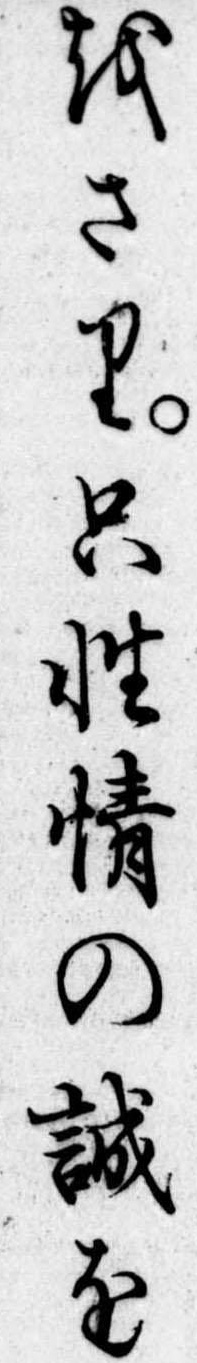
をさり只性情の誠を